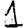
Digit: 1